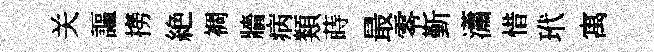
关謳撈絶裯牆病類蒔最零斳瀟惜玳寓